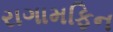
રાગામફિન